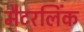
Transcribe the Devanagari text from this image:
मैटरलिंक